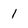
Character: 1